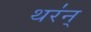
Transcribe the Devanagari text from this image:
थर॑न्